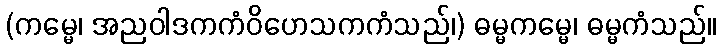
(ကမ္မေ၊ အညဝါဒကကံဝိဟေသကကံသည်၊) ဓမ္မကမ္မေ၊ ဓမ္မကံသည်။